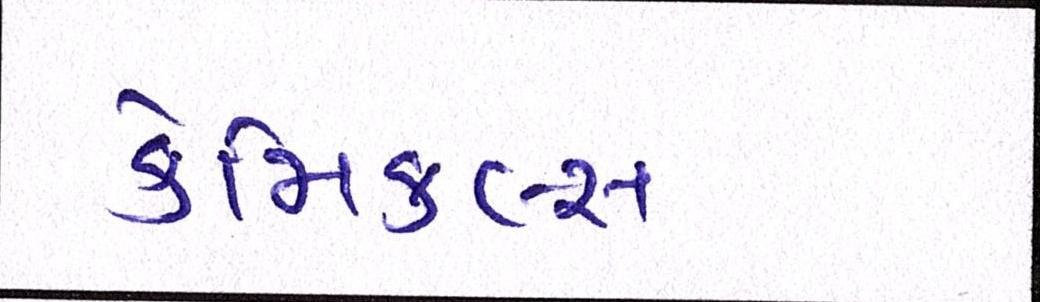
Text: કેમિકલ્સ